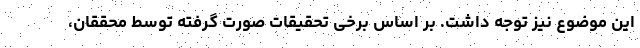
این موضوع نیز توجه داشت. بر اساس برخی تحقیقات صورت گرفته توسط محققان،